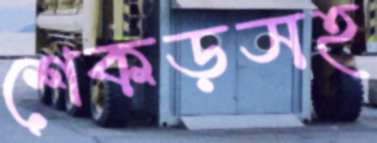
শেকড়সহ